Burma Government Medical School reports 1923-41
Year: 1923
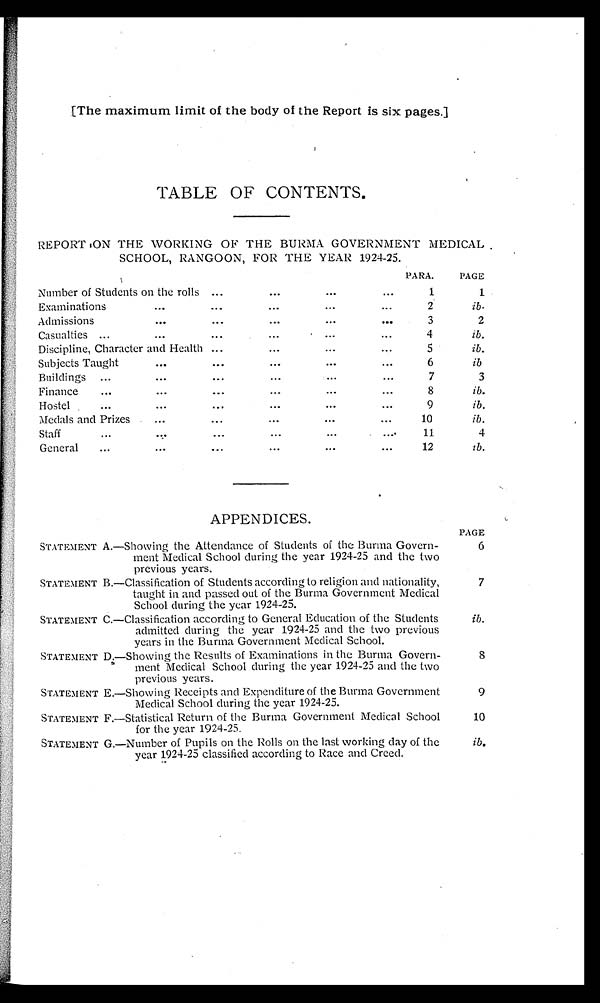
[The maximum limit of the body of the Report is six pages.]
TABLE OF CONTENTS.
REPORT ON THE WORKING OF THE BURMA GOVERNMENT MEDICAL
SCHOOL, RANGOON, FOR THE YEAR 1924-25.
PARA.
PAGE
Number of Students on the rolls... ...
...
...
1
1
Examinations
...
...
...
...
...
2
i b .
Admissions
...
...
...
...
. . .
3
2
Casualties ...
... . . . . . .
. . .
4
i b .
Discipline, Character and Health ...
...
... . . .
5
i b .
Subjects Taught
...
... ... ...
. . .
6
i b .
Buildings
...
...
... . . .
. . .
. . .
7
3
Finance
...
...
...
...
...
...
8
i b .
Hostel
...
...
... . . .
. . .
. . .
9
ib.
Medals and Prizes
...
...
...
... . . .
1 0
i b .
Staff
...
...
...
...
...
. . .
11
4
General
...
...
...
... . . .
. . .
12
i b .
APPENDICES.
PAGE
STATEMENT A. —Showing the Attendance of Students of the Burma Govern-
ment Medical School during the year 1924-25 and the two
previous years.
6
STATEMENT B. —Classification of Students according to religion and nationality,
taught in and passed out of the Burma Government Medical
School during the year 1924-25.
7
STATEMENT C.—Classification according to General Education of the Students
admitted during the year 1924-25 and the two previous
years in the Burma Government Medical School.
ib.
STATEMENT D.—Showing the Results of Examinations in the Burma Govern-
ment Medical School during the year 1924-25 and the two
previous years.
8
STATEMENT E. —Showing Receipts and Expenditure of the Burma Government
Medical School during the year 1924-25.
9
STATEMENT F. —Statistical Return of the Burma Government Medical School
for the year 1924-25.
10
STATEMENT G.—Number of Pupils on the Rolls on the last working day of the
year 1924-25 classified according to Race and Creed.
i b .